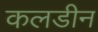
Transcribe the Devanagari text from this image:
कलडीन